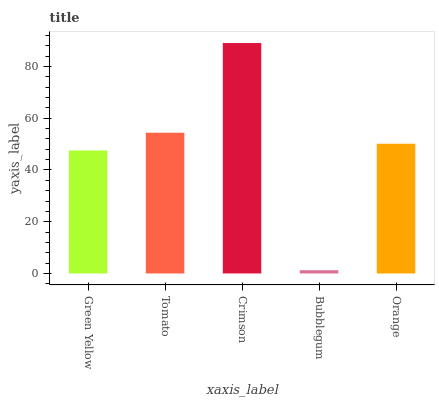
| xaxis_label | bars |
 | --- | --- |
 | Green Yellow | 47.5 |
 | Tomato | 54.4 |
 | Crimson | 89.1 |
 | Bubblegum | 1.25 |
 | Orange | 50.1 |